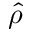
\hat { \rho }